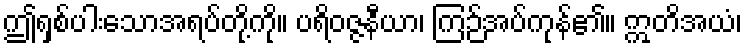
ဤရှစ်ပါးသောအရပ်တို့ကို။ ပရိဝဇ္ဇနီယာ၊ ကြဉ်အပ်ကုန်၏။ ဣတိအယံ၊